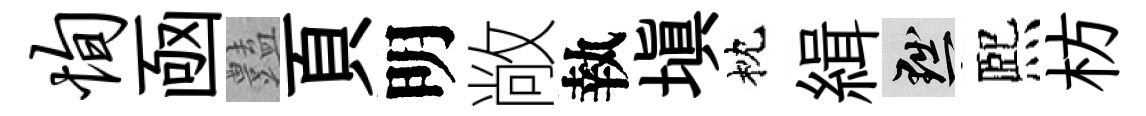
恂凾𧰟頁明敞執塡枕緝黜熈枋